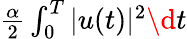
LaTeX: \begin{array}{r}{\frac{\alpha}{2}\int_{0}^{T}|u(t)|^{2}\d t}\end{array}